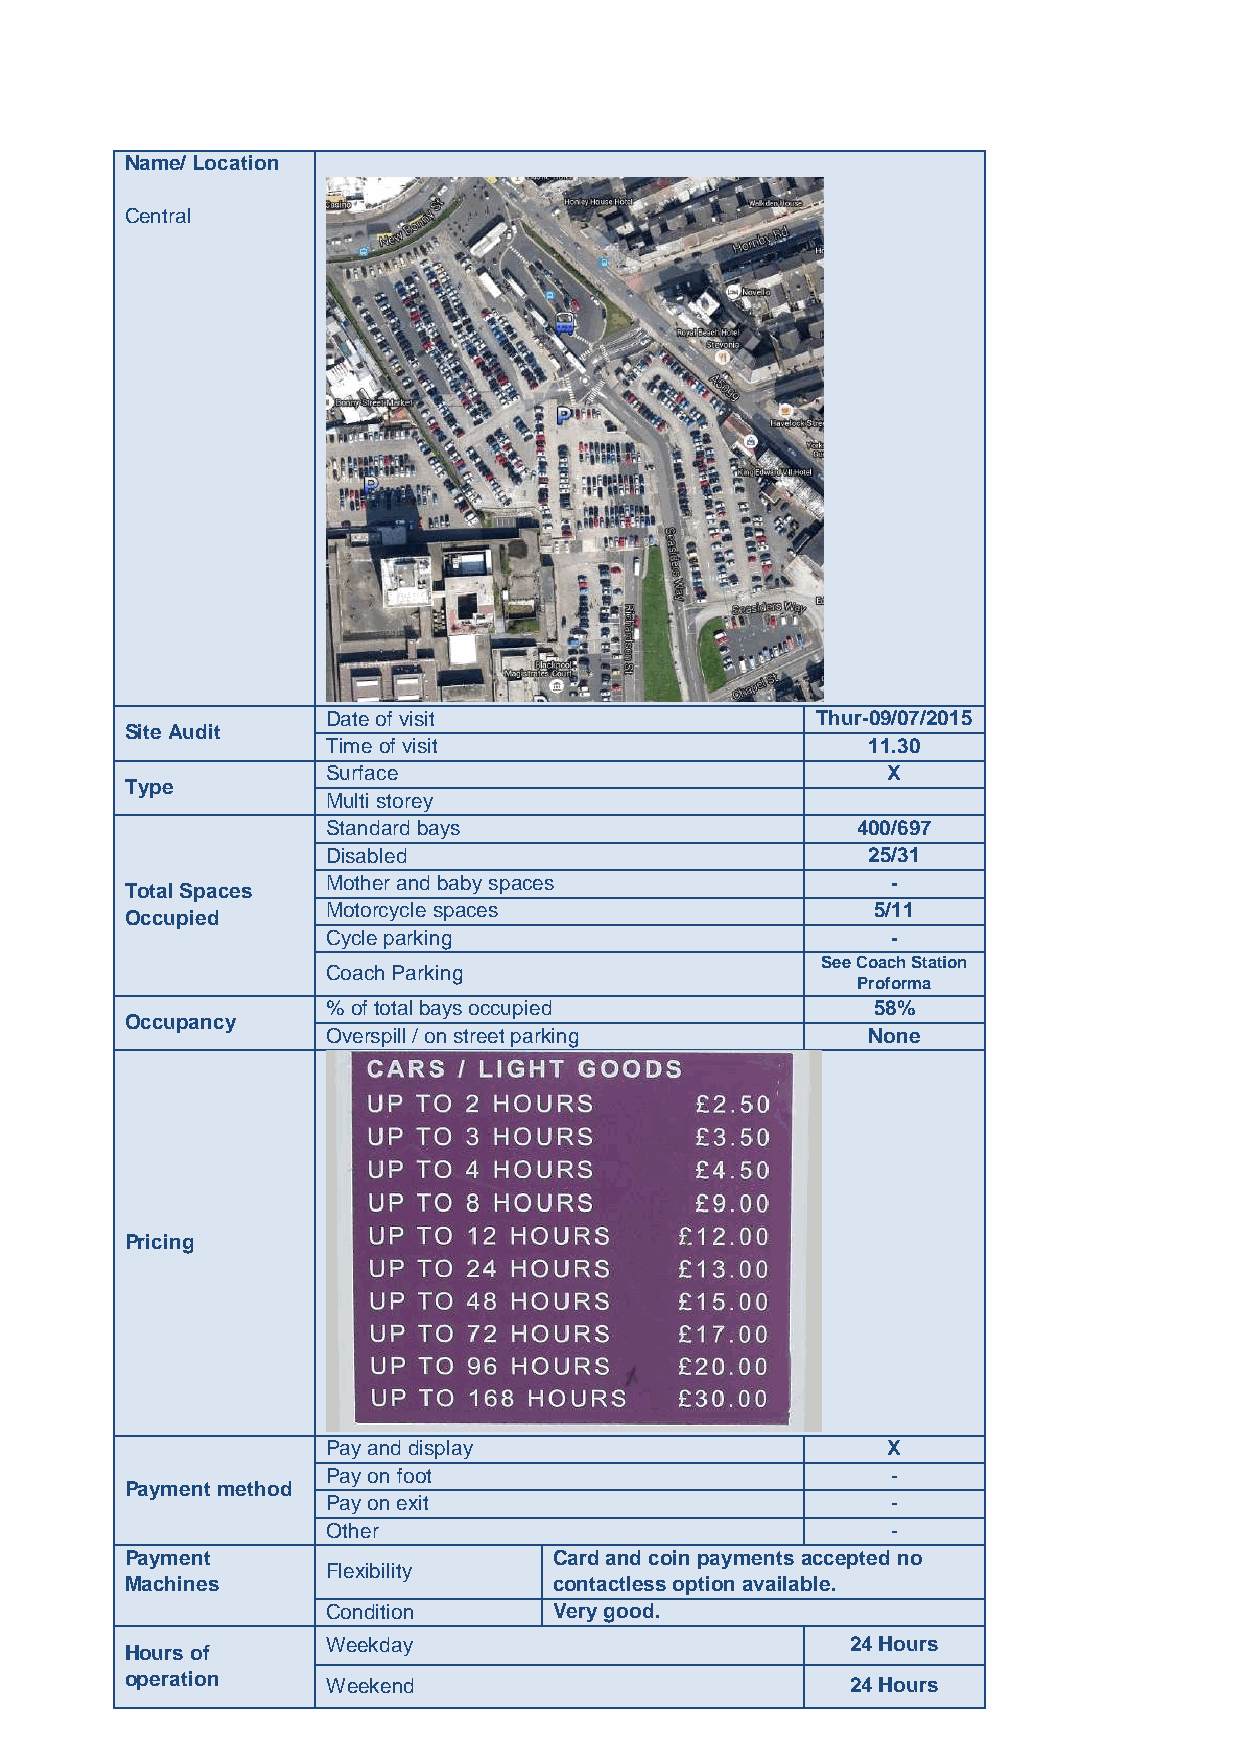
Name/ Location
 Central
 Date of visit                   Thur-09/07/2015
 Site Audit
 Time of visit                      11.30
 Surface                              X
 Type
 Multi storey
 Standard bays                      400/697
 Disabled                           25/31
 Mother and baby spaces               -
 Total Spaces
 Motorcycle spaces                   5/11
 Occupied
 Cycle parking                        -
 See Coach Station
 Coach Parking
 Proforma
 % of total bays occupied            58%
 Occupancy
 Overspill / on street parking      None
 Pricing
 Pay and display                      X
 Pay on foot                          -
 Payment method
 Pay on exit                          -
 Other                                -
 Payment                      Card and coin payments accepted no
 Flexibility
 Machines                     contactless option available.
 Condition      Very good.
 Weekday                           24 Hours
 Hours of
 operation     Weekend                           24 Hours